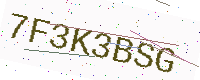
Text: 7F3K3BSG